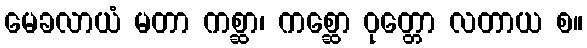
မေခလာယံ မတာ ကစ္ဆာ၊ ကစ္ဆော ဝုတ္တော လတာယ စ။